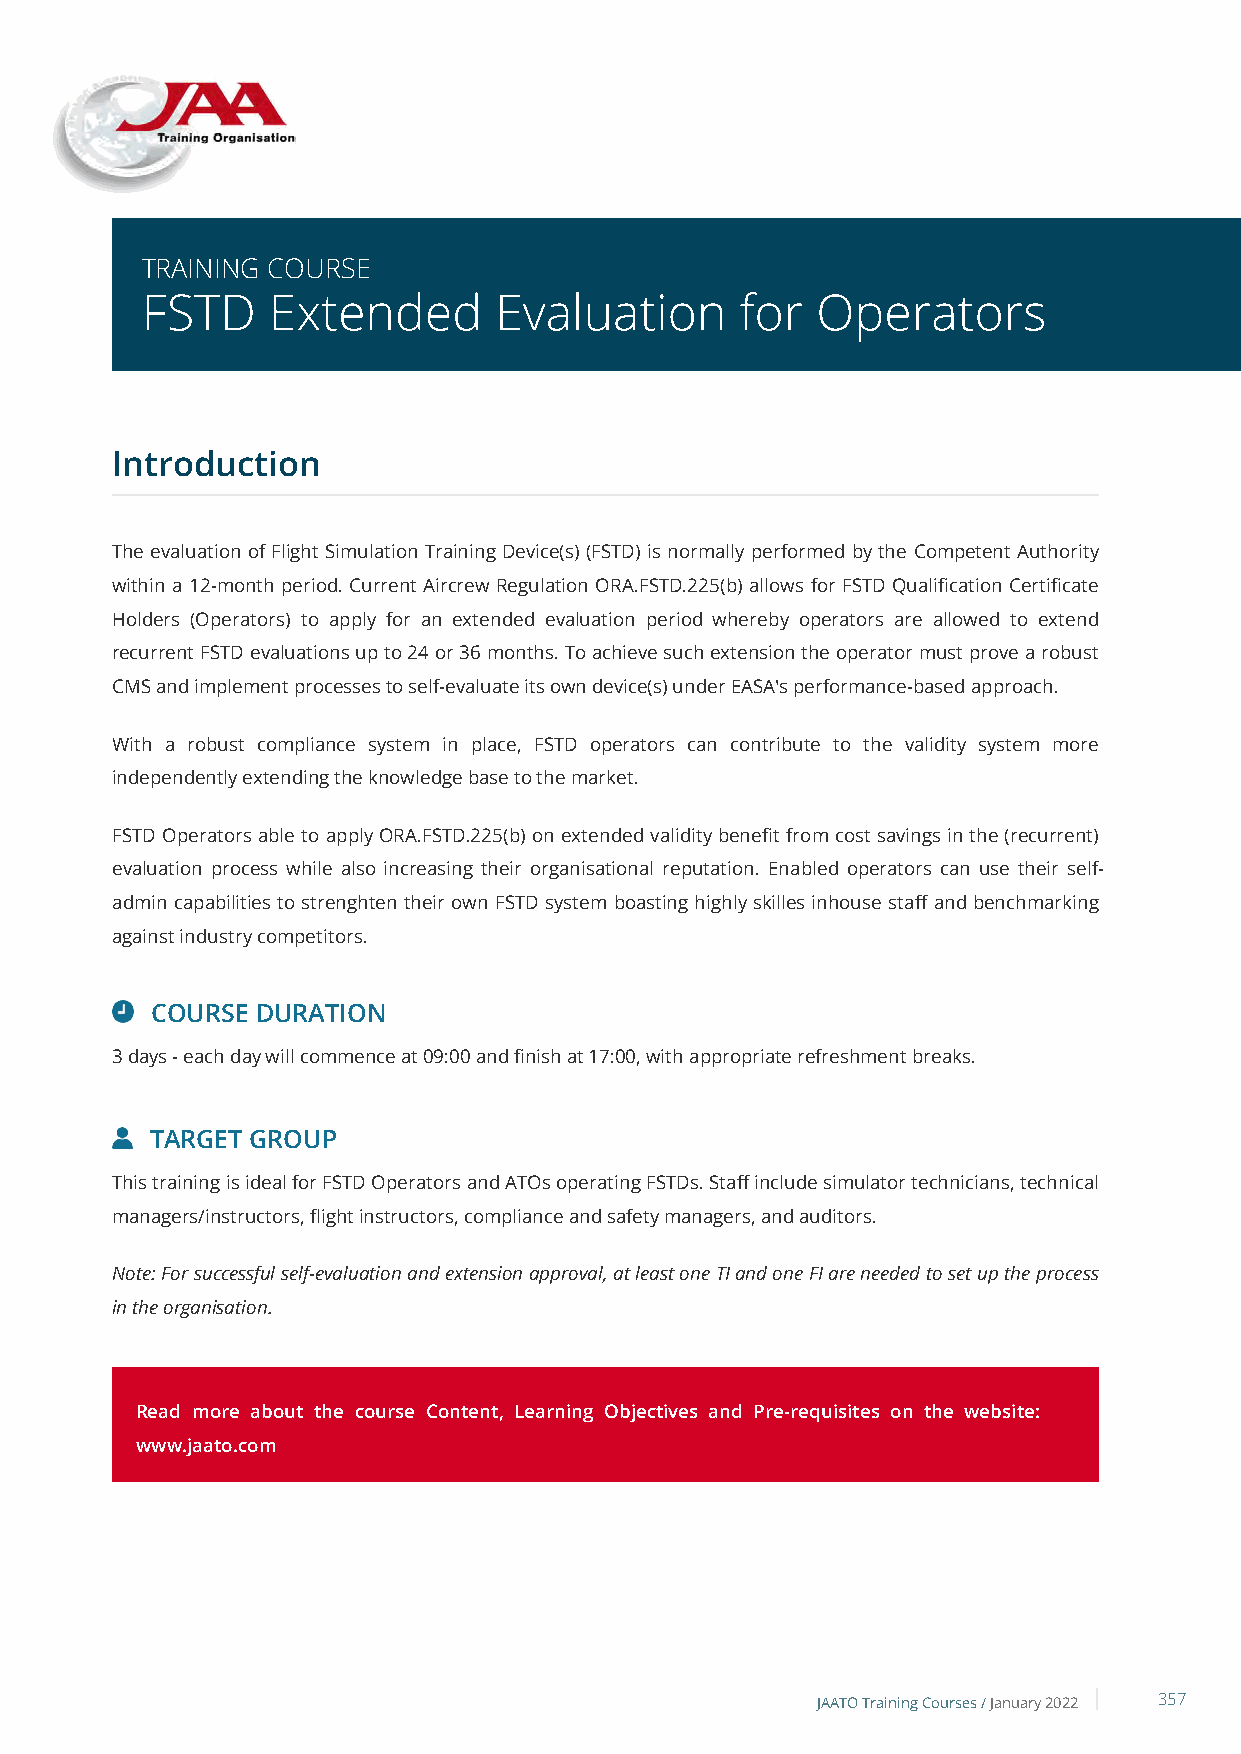
TRAINING COURSE
 FSTD     Extended       Evaluation      for  Operators
 Introduction
 The evaluation of Flight Simulation Training Device(s) (FSTD) is normally performed by the Competent Authority
 within a 12-month period. Current Aircrew Regulation ORA.FSTD.225(b) allows for FSTD Qualification Certificate
 Holders (Operators) to apply for an extended evaluation period whereby operators are allowed to extend
 recurrent FSTD evaluations up to 24 or 36 months. To achieve such extension the operator must prove a robust
 CMS and implement processes to self-evaluate its own device(s) under EASA's performance-based approach.
 With a robust compliance system in place, FSTD operators can contribute to the validity system more
 independently extending the knowledge base to the market.
 FSTD Operators able to apply ORA.FSTD.225(b) on extended validity benefit from cost savings in the (recurrent)
 evaluation process while also increasing their organisational reputation. Enabled operators can use their self-
 admin capabilities to strenghten their own FSTD system boasting highly skilles inhouse staff and benchmarking
 against industry competitors.
 COURSE DURATION
 3 days - each day will commence at 09:00 and finish at 17:00, with appropriate refreshment breaks.
 TARGET GROUP
 This training is ideal for FSTD Operators and ATOs operating FSTDs. Staff include simulator technicians, technical
 managers/instructors, flight instructors, compliance and safety managers, and auditors.
 Note: For successful self-evaluation and extension approval, at least one TI and one FI are needed to set up the process
 in the organisation.
 Read more about the course Content, Learning Objectives and Pre-requisites on the website:
 www.jaato.com
 JAATO Training Courses /January 2022 357